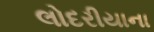
લોદરીયાના